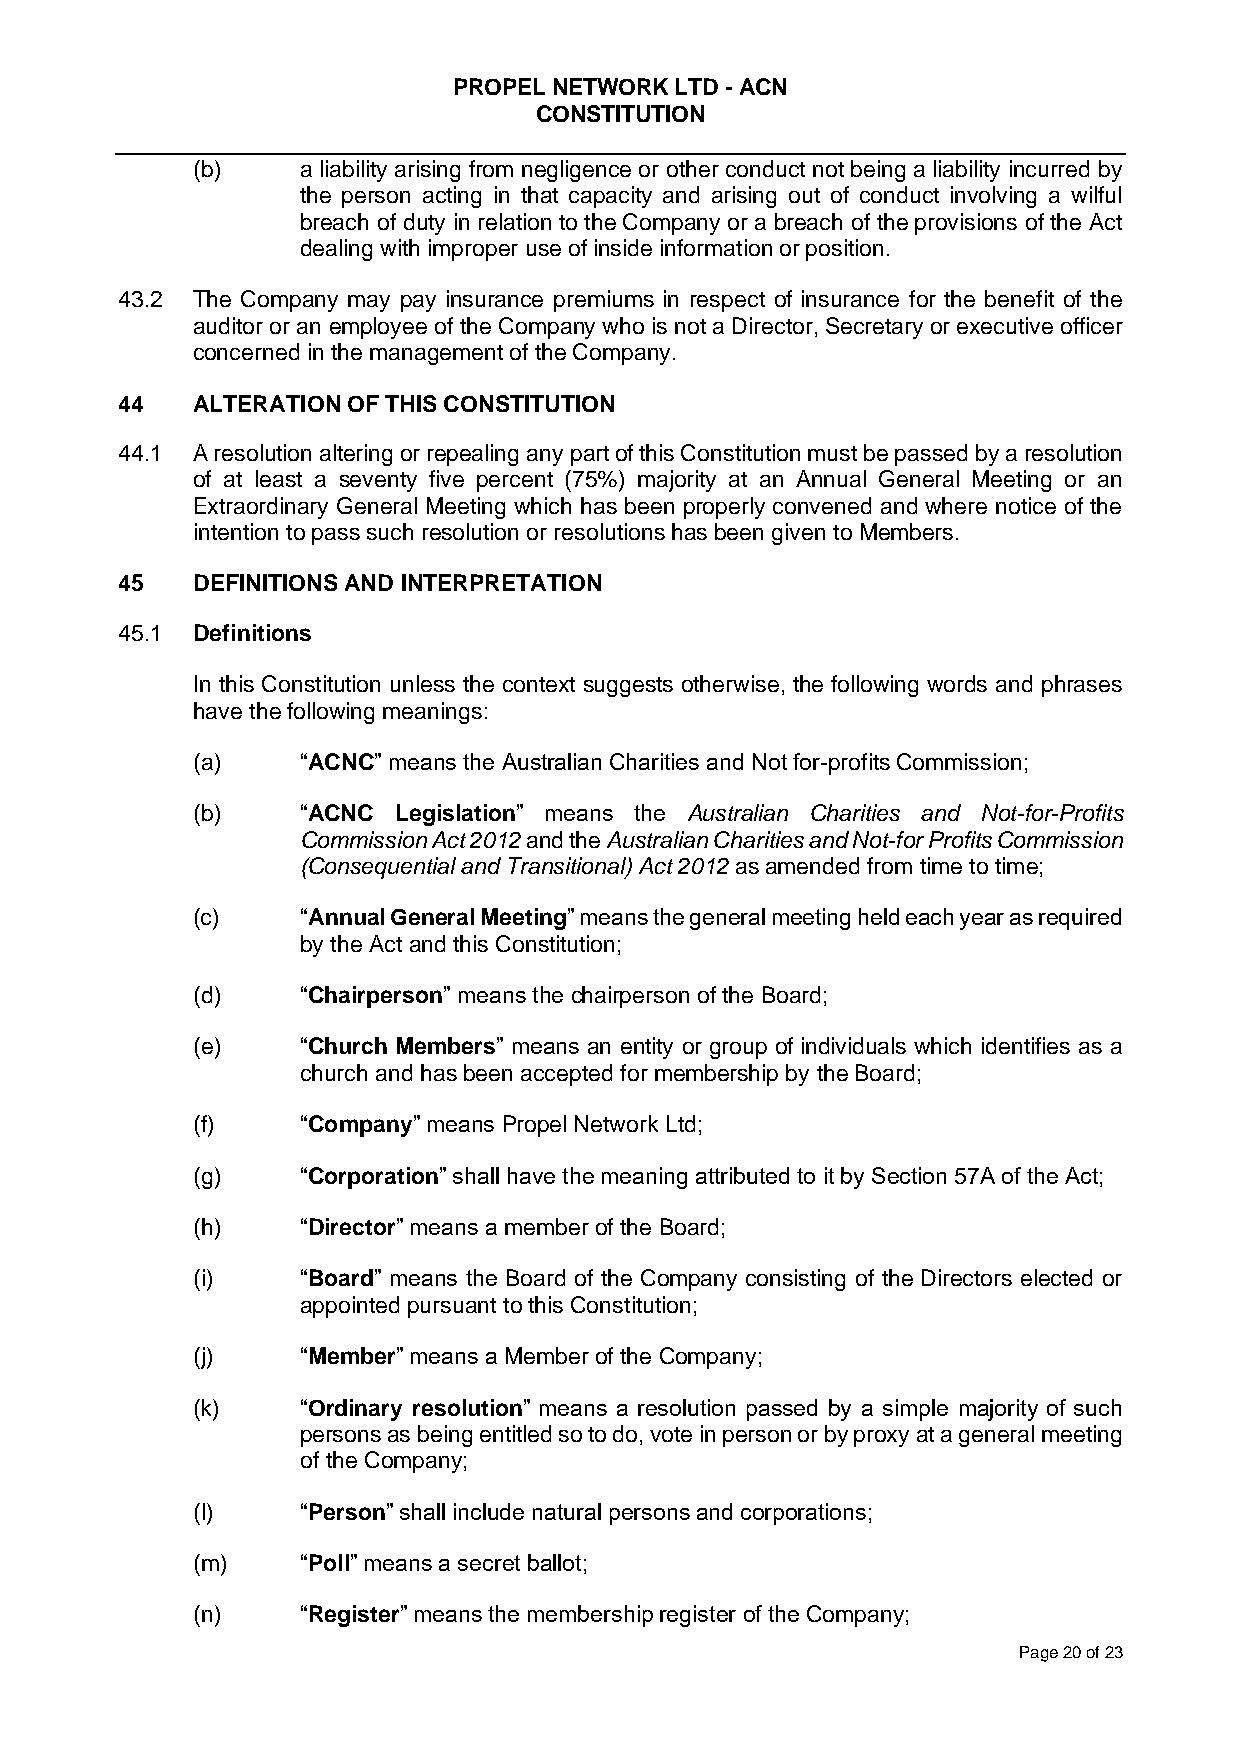
PROPEL NETWORK LTD - ACN
 CONSTITUTION
 (b)    a liability arising from negligence or other conduct not being a liability incurred by
 the person acting in that capacity and arising out of conduct involving a wilful
 breach of duty in relation to the Company or a breach of the provisions of the Act
 dealing with improper use of inside information or position.
 43.2 The Company may pay insurance premiums in respect of insurance for the benefit of the
 auditor or an employee of the Company who is not a Director, Secretary or executive officer
 concerned in the management of the Company.
 44   ALTERATION OF THIS CONSTITUTION
 44.1 A resolution altering or repealing any part of this Constitution must be passed by a resolution
 of at least a seventy five percent (75%) majority at an Annual General Meeting or an
 Extraordinary General Meeting which has been properly convened and where notice of the
 intention to pass such resolution or resolutions has been given to Members.
 45   DEFINITIONS AND INTERPRETATION
 45.1 Definitions
 In this Constitution unless the context suggests otherwise, the following words and phrases
 have the following meanings:
 (a)    “ACNC” means the Australian Charities and Not for-profits Commission;
 (b)    “ACNC Legislation” means the Australian Charities and Not-for-Profits
 Commission Act 2012 and the Australian Charities and Not-for Profits Commission
 (Consequential and Transitional) Act 2012 as amended from time to time;
 (c)    “Annual General Meeting” means the general meeting held each year as required
 by the Act and this Constitution;
 (d)    “Chairperson” means the chairperson of the Board;
 (e)    “Church Members” means an entity or group of individuals which identifies as a
 church and has been accepted for membership by the Board;
 (f)    “Company” means Propel Network Ltd;
 (g)    “Corporation” shall have the meaning attributed to it by Section 57A of the Act;
 (h)    “Director” means a member of the Board;
 (i)    “Board” means the Board of the Company consisting of the Directors elected or
 appointed pursuant to this Constitution;
 (j)    “Member” means a Member of the Company;
 (k)    “Ordinary resolution” means a resolution passed by a simple majority of such
 persons as being entitled so to do, vote in person or by proxy at a general meeting
 of the Company;
 (l)    “Person” shall include natural persons and corporations;
 (m)    “Poll” means a secret ballot;
 (n)    “Register” means the membership register of the Company;
 Page 20 of 23